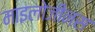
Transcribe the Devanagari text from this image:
माइलोजीनस